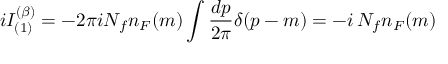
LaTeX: i I _ { ( 1 ) } ^ { ( \beta ) } = - 2 \pi i N _ { f } n _ { F } ( m ) \int { \frac { d p } { 2 \pi } } \delta ( p - m ) = - i \, N _ { f } n _ { F } ( m )